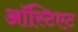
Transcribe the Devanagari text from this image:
ऑस्टिएट